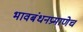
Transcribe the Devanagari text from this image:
भावबंधनप्रमाणेच